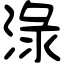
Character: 淥